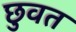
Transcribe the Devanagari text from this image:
छुवत